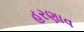
હરણાવ